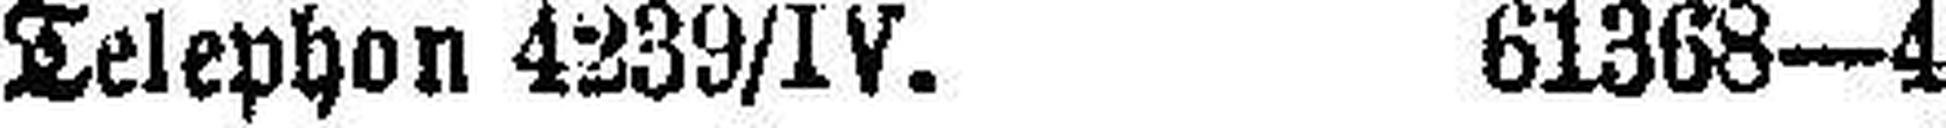
Telephon 4239/IV. 61368—4